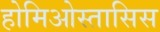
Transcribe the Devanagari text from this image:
होमिओस्तासिस